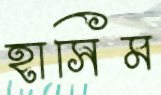
হাসিম